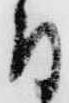
付